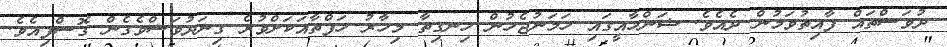
ދުވަސްތައް ފާއިތުވަމުން ދެއެވެ. ޝަންހާއީގައި ހަމަނުޖެހުން ހިނގިތާ މިހާރު ހަފްތާއަކަށްވުރެ ގިނަދުވަސްވެގެން ގޮސްފިއެވެ.